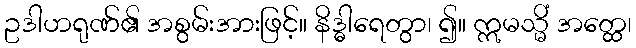
ဥဒါဟရုဏ်၏ အစွမ်းအားဖြင့်။ နိဒ္ဓါရေတွာ၊ ၍။ ဣမသ္မိံ အတ္ထေ၊